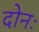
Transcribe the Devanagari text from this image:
दोनः